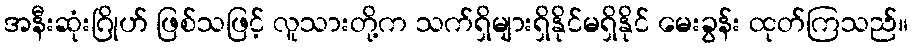
အနီးဆုံးဂြိုဟ် ဖြစ်သဖြင့် လူသားတို့က သက်ရှိများရှိနိုင်မရှိနိုင် မေးခွန်း ထုတ်ကြသည်။